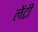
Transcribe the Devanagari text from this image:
लेंटी